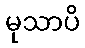
မုသာပိ